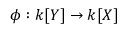
\phi : k [ Y ] \to k [ X ]